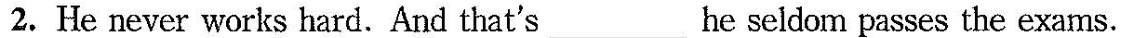
2. He never works hard.And that's___he seldom passes the exams.